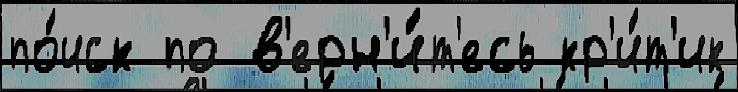
по́иск по в'ерн'и́т'есь кр'и́т'ик